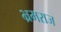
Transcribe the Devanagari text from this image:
भ्रमराज